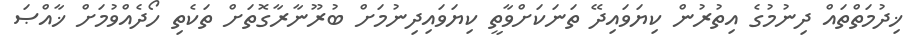
ޚިދުމަތްތައް ދިނުމުގެ އިތުރުން ކިޔަވައިދޭ ތަނަކަށްވާތީ ކިޔަވައިދިނުމަށް ބުރޫނާރާގޮތަށް ތަކެތި ހޯދެއްވުމަށް ޚާއްޞަ